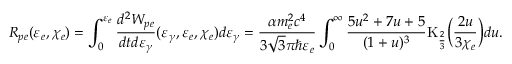
R _ { p e } ( \varepsilon _ { e } , \chi _ { e } ) = \int _ { 0 } ^ { \varepsilon _ { e } } { \frac { d ^ { 2 } W _ { p e } } { d t d \varepsilon _ { \gamma } } ( \varepsilon _ { \gamma } , \varepsilon _ { e } , \chi _ { e } ) d \varepsilon _ { \gamma } } = \frac { \alpha m _ { e } ^ { 2 } c ^ { 4 } } { 3 \sqrt { 3 } \pi \hbar \varepsilon _ { e } } \int _ { 0 } ^ { \infty } { \frac { 5 u ^ { 2 } + 7 u + 5 } { ( 1 + u ) ^ { 3 } } \mathrm { K } _ { \frac { 2 } { 3 } } \biggl ( \frac { 2 u } { 3 \chi _ { e } } \biggr ) d u } .